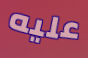
عليه